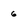
Character: 6